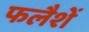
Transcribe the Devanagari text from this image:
फलैशें